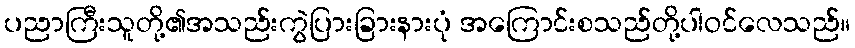
ပညာကြီးသူတို့၏အသည်းကွဲပြားခြားနားပုံ အကြောင်းစသည်တို့ပါဝင်လေသည်။